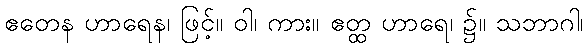
ဧတေန ဟာရေန၊ ဖြင့်။ ဝါ၊ ကား။ ဧတ္ထ ဟာရေ၊ ၌။ သဘာဂါ၊